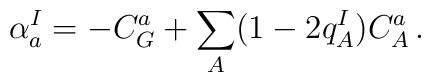
\alpha^I_a=-C^a_G+\sum_A(1-2q^I_A)C^a_A\, .